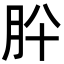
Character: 肸